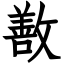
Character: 敾